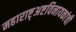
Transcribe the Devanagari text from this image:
महाराष्ट्अष्टविनायकांची